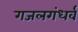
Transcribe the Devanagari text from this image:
गजलगंधर्व